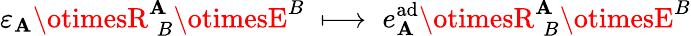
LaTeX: \varepsilon_{\mathbf{A}}\otimesR_{\; B}^{\mathbf{A}}\otimesE^{B}\; \longmapsto\; e_{\mathbf{A}}^{\mathrm{{ad}}}\otimesR_{\; B}^{\mathbf{A}}\otimesE^{B}